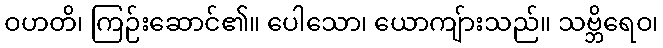
ဝဟတိ၊ ကြဉ်းဆောင်၏။ ပေါသော၊ ယောကျ်ားသည်။ သဗ္ဘိရေဝ၊